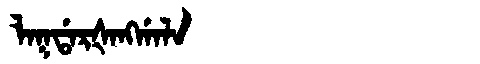
Manchu: ᠯᠠᡴᡩᠠᡵᡧᠠᠩᡤᠠᠯᠠ
Romanization: LAKDARŠANGGALA